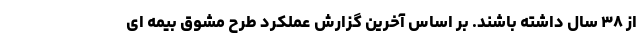
از ۳۸ سال داشته باشند. بر اساس آخرین گزارش عملکرد طرح مشوق بیمه ای